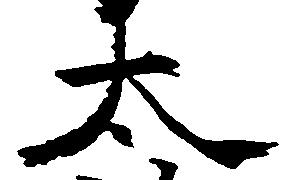
太